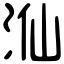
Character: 𣳈